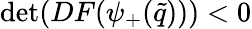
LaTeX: \operatorname*{det}(DF(\psi_{+}(\tilde{q})))<0